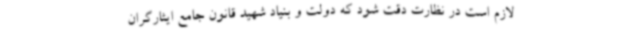
لازم است در نظارت دقت شود که دولت و بنیاد شهید قانون جامع ایثارگران